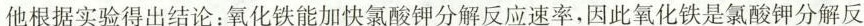
他根据实验得出结论：氧化铁能加快氯酸钾分解反应速率，因此氧化铁是氯酸钾分解反